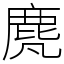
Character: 䴟